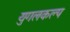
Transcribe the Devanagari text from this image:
युगलकल्प